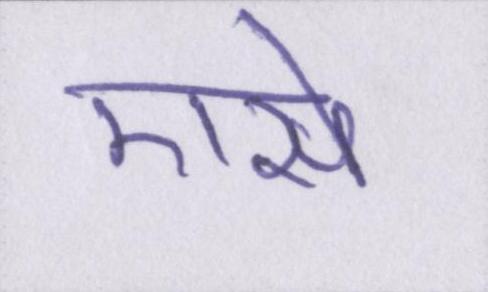
एसे